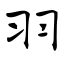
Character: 羽